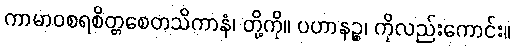
ကာမာဝစရစိတ္တစေတသိကာနံ၊ တို့ကို။ ပဟာနဉ္စ၊ ကိုလည်းကောင်း။